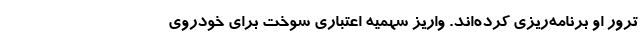
ترور او برنامه‌ریزی کرده‌اند. واریز سهمیه اعتباری سوخت برای خودروی